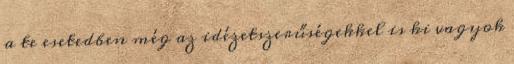
a te esetedben még az idézetszerűségekkel is ki vagyok